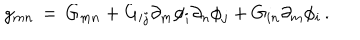
g _ { m n } \, = \, G _ { m n } + G _ { i j } \partial _ { m } \phi _ { i } \partial _ { n } \phi _ { j } + G _ { i n } \partial _ { m } \phi _ { i } \, .